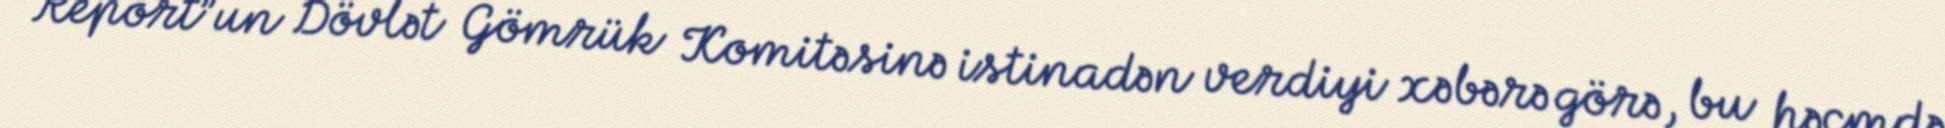
“Report”un Dövlət Gömrük Komitəsinə istinadən verdiyi xəbərə görə, bu həcmdə